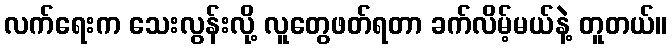
လက်ရေးက သေးလွန်းလို့ လူတွေဖတ်ရတာ ခက်လိမ့်မယ်နဲ့ တူတယ်။